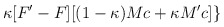
\begin{align*}\kappa [F'-F][(1-\kappa )Mc+\kappa M'c]\}\end{align*}